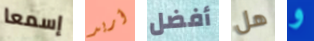
إسمعا أريد أفضل هل و